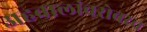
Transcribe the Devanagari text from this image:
अहवालांबरोबरच